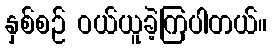
နှစ်စဉ် ဝယ်ယူခဲ့ကြပါတယ်။